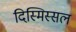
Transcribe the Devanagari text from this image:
दिस्मिस्सल